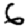
Digit: 6